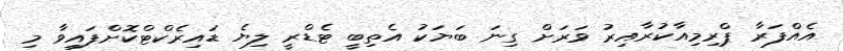
އެއްފަރާ ޕްރިމިއާކުރާއިރު ވަރަށް ގިނަ ބަޔަކު އެތިބީ ޓެޑްރީ ލިޔެ ޑައިރެކްޓްކޮށްފައިވާ މި